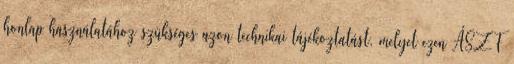
honlap használatához szükséges azon technikai tájékoztatást, melyet ezen ÁSZF